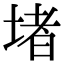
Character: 堵